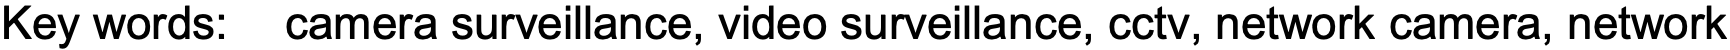
Key words: camera surveillance, video surveillance, cctv, network camera, network